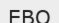
ЕВО